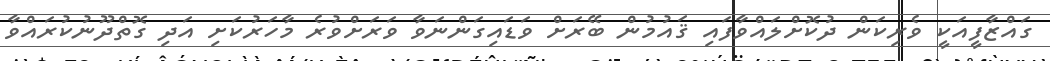
ގައްޒާފީއަކީ ވެރިކަން ދުކޮށްލައްވާފައި ޤައުމުން ބޭރަށް ވަޑައިގަންނަވާ ވަރަށްވުރެ މާހަރުކަށި އަދި ގޮތްދޫނުކުރައްވާ